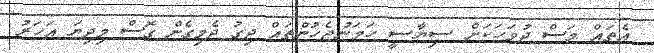
އެތައް މަސް ދުވަހަކަށް ސިޔާސީ ހަމަނުޖެހުންތައް ދިގު ދެމިގެން ގޮސް މިދިޔަ އަހަރު